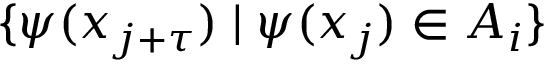
\{ \psi ( x _ { j + \tau } ) \mid \psi ( x _ { j } ) \in A _ { i } \}